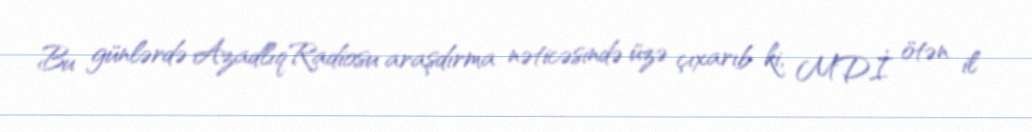
Bu günlərdə AzadlıqRadiosu araşdırma nəticəsində üzə çıxarıb ki, MDİ ötən il